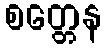
စတ္တေန